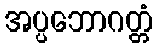
အပ္ပဘောဂတ္တံ